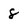
Character: 8